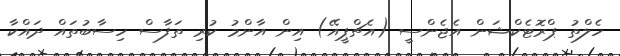
ހެލްތު ޕްރޮޓެކްޝަން އެޖެންސީ (އެޗްޕީއޭ) އިން އާންމު ކުރި ތަފާސް ހިސާބުތައް ދައްކާ